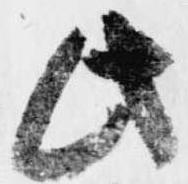
此